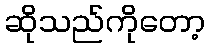
ဆိုသည်ကိုတော့